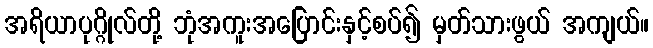
အရိယာပုဂ္ဂိုလ်တို့ ဘုံအကူးအပြောင်းနှင့်စပ်၍ မှတ်သားဖွယ် အကျယ်။